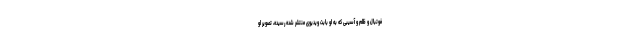
فوتبال و ظلم و آسیبی که به او بابت ویدیوی منتشر شده رسیده، تصویر او